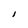
Character: I